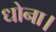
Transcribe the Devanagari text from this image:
धोना।